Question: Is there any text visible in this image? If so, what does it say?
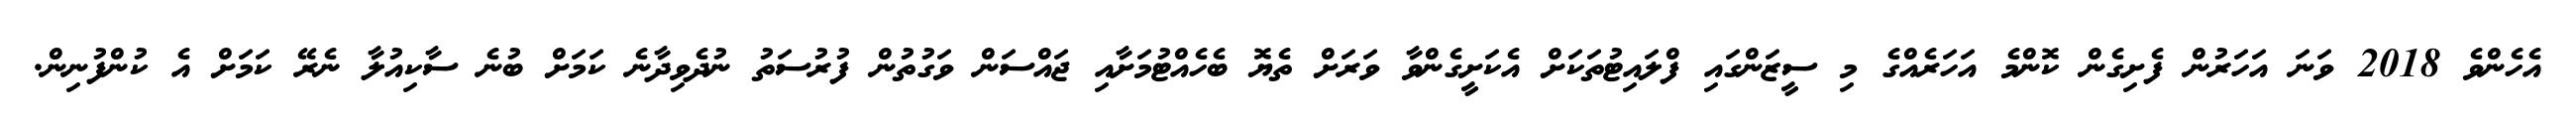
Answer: އެހެންވެ 2018 ވަނަ އަހަރުން ފެށިގެން ކޮންމެ އަހަރެއްގެ މި ސީޒަންގައި ފްލައިޓުތަކަށް އެކަށީގެންވާ ވަރަށް ތެޔޮ ބެހެއްޓުމަށާއި ޖައްސަން ވަގުތުން ފުރުސަތު ނުދެވިދާނެ ކަމަށް ބުނެ ސާކިއުލާ ނެރޭ ކަމަށް އެ ކުންފުނިން.